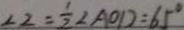
\angle 2 = \frac { 1 } { 2 } \angle A O D = 6 5 ^ { \circ }